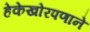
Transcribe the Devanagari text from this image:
हेकेखोरपणाने